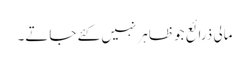
مالی ذرائع جو ظاہر نہیں کئے جاتے۔